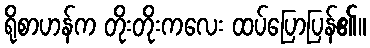
ရိုစာဟန်က တိုးတိုးကလေး ထပ်ပြောပြန်၏။